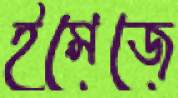
ইমেজে